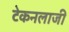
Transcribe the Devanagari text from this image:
टेकनलाजी